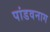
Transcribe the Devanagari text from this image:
पांडवनाग